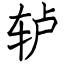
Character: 轳